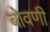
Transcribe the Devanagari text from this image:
बोवणी